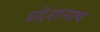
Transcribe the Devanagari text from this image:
प्रदेशांनाच